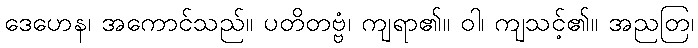
ဒေဟေန၊ အကောင်သည်။ ပတိတဗ္ဗံ၊ ကျရာ၏။ ဝါ၊ ကျသင့်၏။ အညတြ၊